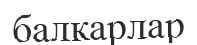
балкарлар